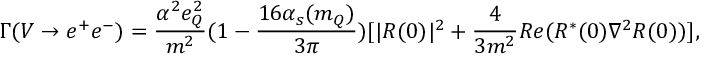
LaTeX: \Gamma ( V \rightarrow e ^ { + } e ^ { - } ) = \frac { \alpha ^ { 2 } e _ { Q } ^ { 2 } } { m ^ { 2 } } ( 1 - \frac { 1 6 \alpha _ { s } ( m _ { Q } ) } { 3 \pi } ) [ | R ( 0 ) | ^ { 2 } + \frac { 4 } { 3 m ^ { 2 } } R e ( R ^ { \ast } ( 0 ) \nabla ^ { 2 } R ( 0 ) ) ] ,